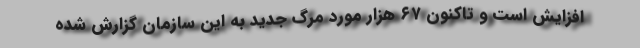
افزایش است و تاکنون ۶۷ هزار مورد مرگ جدید به این سازمان گزارش شده